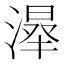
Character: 𣼦